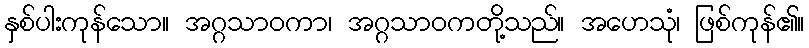
နှစ်ပါးကုန်သော။ အဂ္ဂသာဝကာ၊ အဂ္ဂသာဝကတို့သည်။ အဟေသုံ၊ ဖြစ်ကုန်၏။